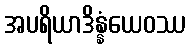
အပရိယာဒိန္နံယေဝဿ